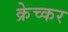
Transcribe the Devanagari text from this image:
क्रेच्कर